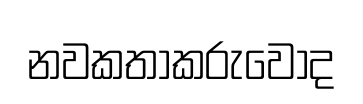
නවකතාකරුවෝද